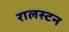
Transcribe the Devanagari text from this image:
रालस्टन